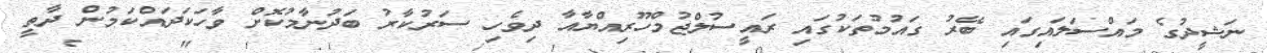
ނަޝީދުގެ މައްސަލައިގައި ބޭރު ގައުމުތަކުގައި ރައީސުލްޖުމްހޫރިއްޔާއާ ދިވެހި ސަރުކާރު ބަދުނާމުކޮށް ވާހަކަދައްކަމުން ދާތީ